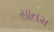
સાતમ